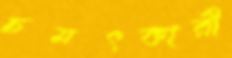
চমৎকারী